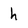
Character: h